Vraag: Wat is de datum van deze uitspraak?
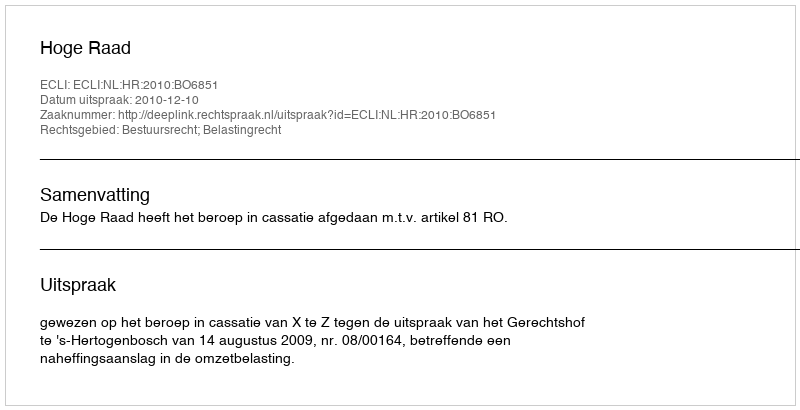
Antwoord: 2010-12-10